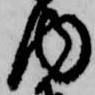
内